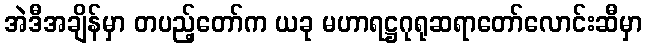
အဲဒီအချိန်မှာ တပည့်တော်က ယခု မဟာရဋ္ဌဂုရုဆရာတော်လောင်းဆီမှာ